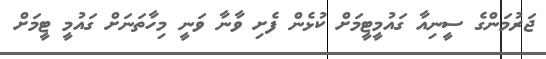
ޖަރުމަންގެ ސީނިއާ ގައުމީޓީމަށް ކުޅެން ފެށި ވާނާ ވަނީ މިހާތަނަށް ގައުމީ ޓީމަށް